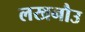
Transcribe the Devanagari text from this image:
लखनौउ